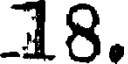
18.